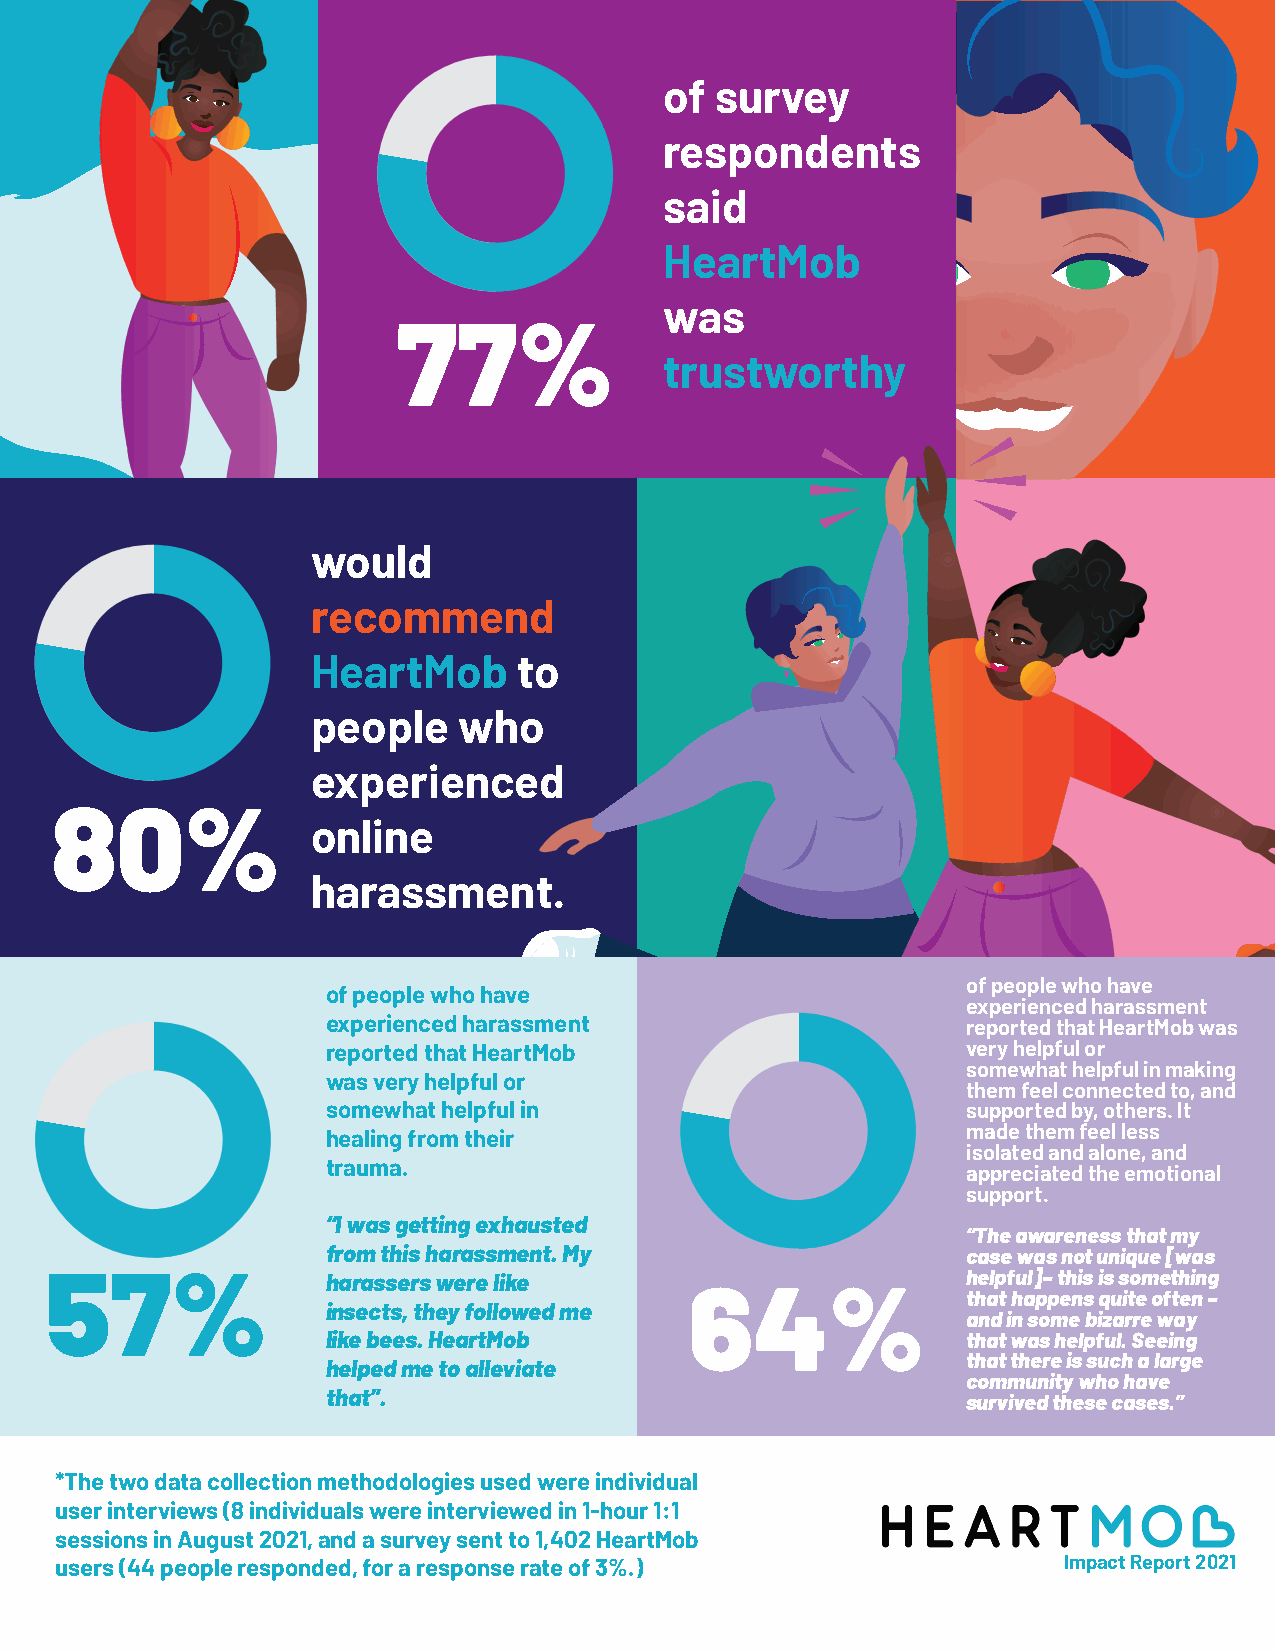
of survey
 respondents
 said
 HeartMob
 was
 77%
 trustworthy
 would
 recommend
 HeartMob     to
 people   who
 experienced
 80%
 online
 harassment.
 of people who have
 of people who have
 experienced harassment
 experienced harassment                    reported that HeartMob was
 reported that HeartMob                    very helpful or
 somewhat helpful in making
 was very helpful or
 them feel connected to, and
 somewhat helpful in                       supported by, others. It
 made them feel less
 healing from their
 isolated and alone, and
 trauma.
 appreciated the emotional
 support.
 “I was getting exhausted
 “The awareness that my
 from this harassment. My                  case was not unique [was
 57%                harassers were like                       helpful]– this is something
 64%
 that happens quite often –
 insects, they followed me
 and in some bizarre way
 like bees. HeartMob                       that was helpful. Seeing
 that there is such a large
 helped me to alleviate
 community who have
 that”.                                    survived these cases.”
 *The two data collection methodologies used were individual
 user interviews (8 individuals were interviewed in 1-hour 1:1
 sessions in August 2021, and a survey sent to 1,402 HeartMob
 users (44 people responded, for a response rate of 3%.)           Impact Report 2021